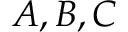
A , B , C